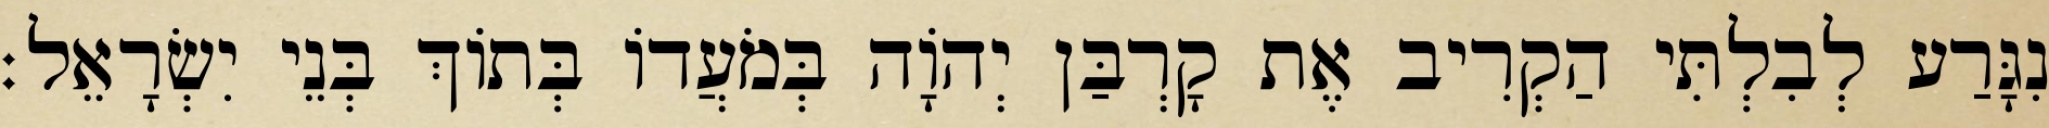
נִגָּרַע לְבִלְתִּי הַקְרִיב אֶת קָרְבַּן יְהוָֹה בְּמֹעֲדוֹ בְּתוֹךְ בְּנֵי יִשְׂרָאֵל׃